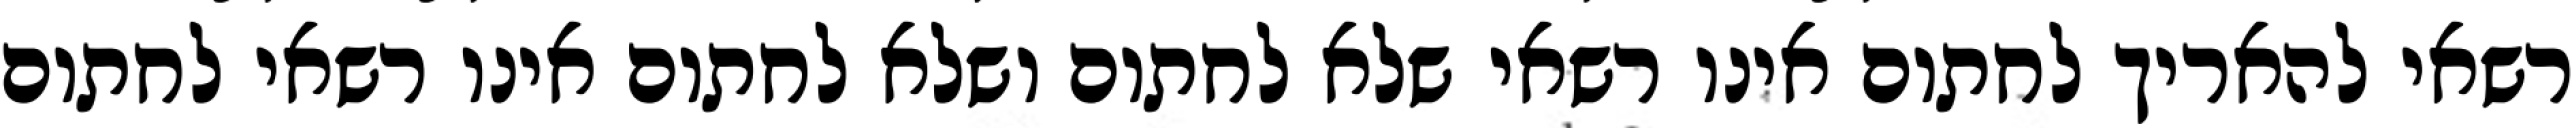
רשאי להאריך לחתום אינו רשאי שלא לחתום ושלא לחתום אינו רשאי לחתום